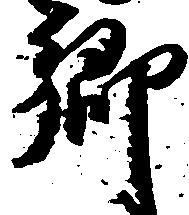
郷